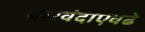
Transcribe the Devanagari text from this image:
करवंदाएवढे